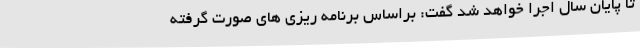
تا پایان سال اجرا خواهد شد گفت: براساس برنامه ریزی های صورت گرفته